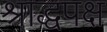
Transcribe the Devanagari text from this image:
श्राद्धपक्ष